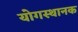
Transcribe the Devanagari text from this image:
योगस्थानक